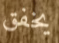
يخفق